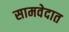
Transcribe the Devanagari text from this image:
सामवेदात